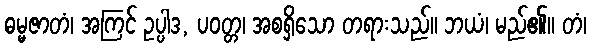
ဓမ္မဇာတံ၊ အကြင် ဥပ္ပါဒ, ပဝတ္တ၊ အစရှိသော တရားသည်။ ဘယံ၊ မည်၏။ တံ၊